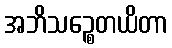
အဘိသဉ္စေတယိတာ